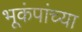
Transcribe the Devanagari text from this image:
भूकंपांच्या